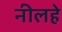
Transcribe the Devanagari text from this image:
नीलहे